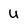
Character: u